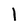
Character: 1